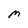
Character: m